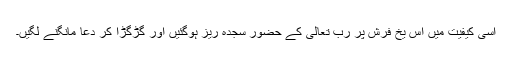
اسی کیفیت میں اس یخ فرش پر رب تعالیٰ کے حضور سجدہ ریز ہوگئیں اور گڑگڑا کر دعا مانگنے لگیں۔